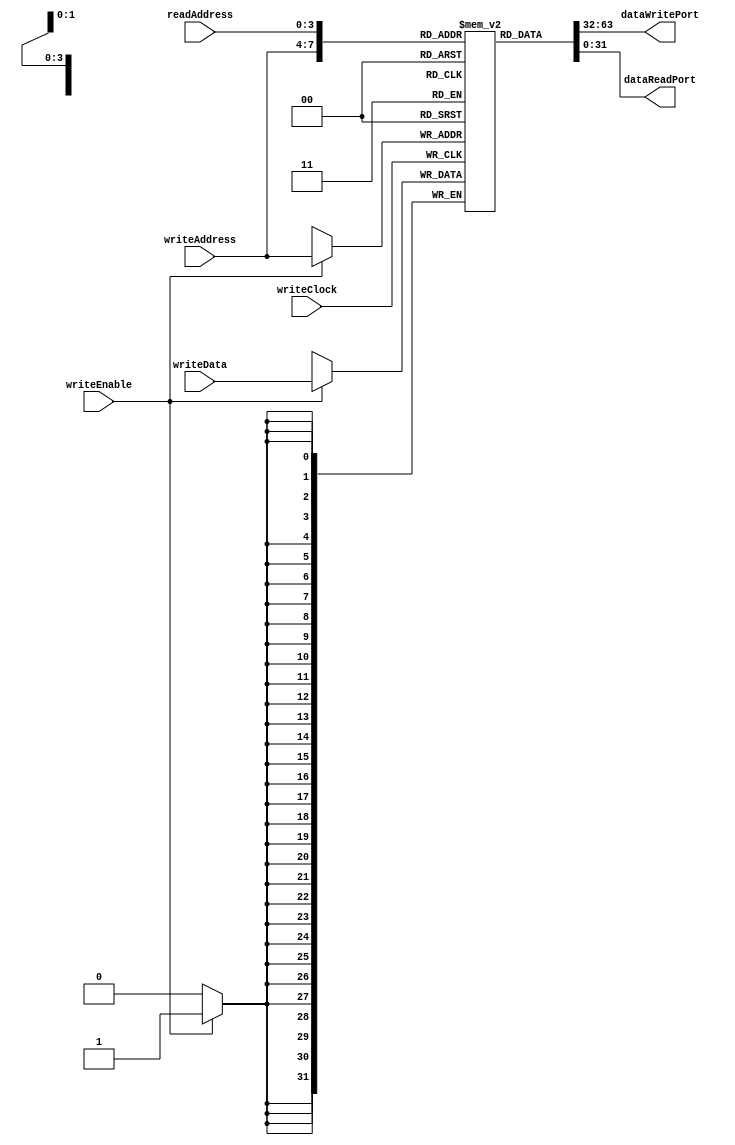
module sram16x32DpAr ( input wire         writeClock,
                                          writeEnable,
                       input wire [3:0]   writeAddress,
                       input wire [3:0]   readAddress,
                       input wire [31:0]  writeData,
                       output wire [31:0] dataWritePort,
                                          dataReadPort );

  reg [31:0] s_memory [15:0];
  
  assign dataWritePort = s_memory[writeAddress];
  assign dataReadPort  = s_memory[readAddress];
  
  always @(posedge writeClock)
    if (writeEnable == 1'b1) s_memory[writeAddress] <= writeData;
endmodule